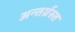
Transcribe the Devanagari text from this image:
अन्‍तर्ग्रस्‍त